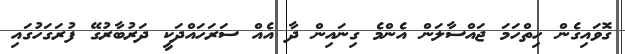
ގޮވައިގެން ހިތްހަމަ ޖައްސާލަން އެންމެ ގިނައިން ދާ އެއް ސަރަހައްދަކީ ދަރުބާރުގޭ ފުރަގަހުގައި